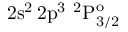
\mathrm { 2 s ^ { 2 } \, 2 p ^ { 3 } ~ ^ { 2 } P _ { 3 / 2 } ^ { o } }